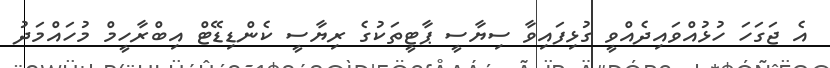
އެ ޖަގަހަ ހުޅުއްވައިދެއްވީ ގުޅިފައިވާ ސިޔާސީ ޕާޓީތަކުގެ ރިޔާސީ ކެންޑިޑޭޓް އިބްރާހީމް މުހައްމަދު